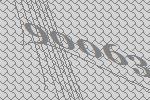
90063